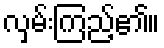
လှမ်းကြည့်၏။